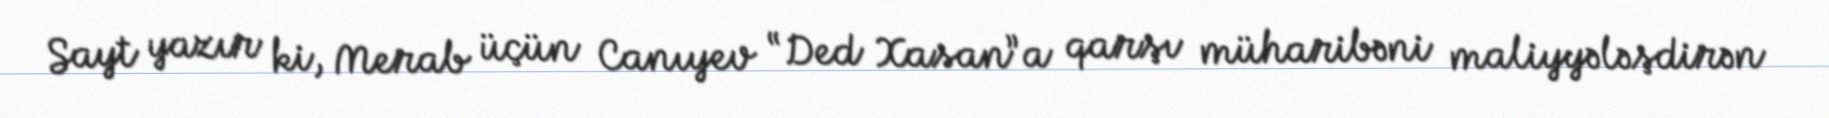
Sayt yazır ki, Merab üçün Canıyev “Ded Xasan”a qarşı müharibəni maliyyələşdirən